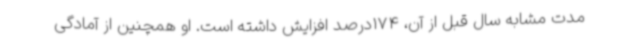
مدت مشابه سال قبل از آن، 174درصد افزایش داشته است. او همچنین از آمادگی